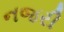
નજરી